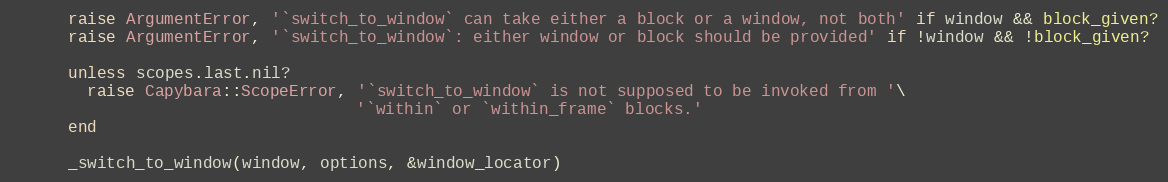
Language: Ruby
      raise ArgumentError, '`switch_to_window` can take either a block or a window, not both' if window && block_given?
      raise ArgumentError, '`switch_to_window`: either window or block should be provided' if !window && !block_given?

      unless scopes.last.nil?
        raise Capybara::ScopeError, '`switch_to_window` is not supposed to be invoked from '\
                                    '`within` or `within_frame` blocks.'
      end

      _switch_to_window(window, options, &window_locator)